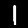
Digit: 1